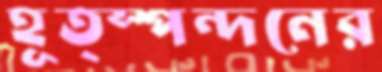
হূত্স্পন্দনের